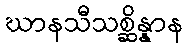
ဃာနသီသစ္ဆိန္နာန